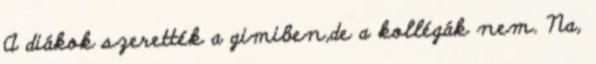
A diákok szerették a gimiben,de a kollégák nem. Na,